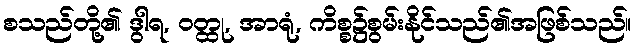
စသည်တို့၏ ဒွါရ, ဝတ္ထု, အာရုံ, ကိစ္စ၌စွမ်းနိုင်သည်၏အဖြစ်သည်။